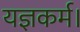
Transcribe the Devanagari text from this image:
यज्ञकर्म।